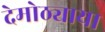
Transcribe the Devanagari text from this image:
देमोठ्याया